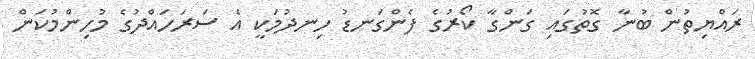
ރައްޔިތުން ބުނާ ގޮތުގައި ގަންގާ ކޯރުގެ ފެންގަނޑު ހިނދުމަކީ އެ ސަރަހައްދުގެ މުހިންމުކަން